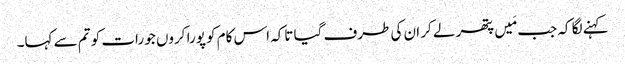
کہنے لگا کہ جب مَیں پتھر لے کر ان کی طرف گیا تاکہ اس کام کو پورا کروں جو رات کو تم سے کہا۔